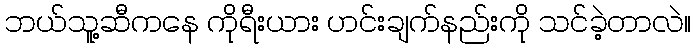
ဘယ်သူ့ဆီကနေ ကိုရီးယား ဟင်းချက်နည်းကို သင်ခဲ့တာလဲ။